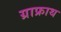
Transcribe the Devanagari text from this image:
ग्राफ्राथ